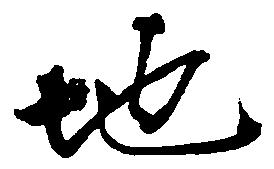
地